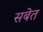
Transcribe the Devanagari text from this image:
सबेत